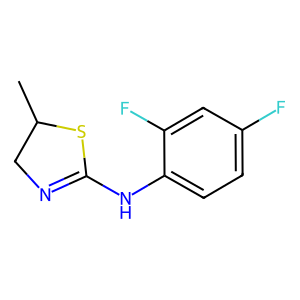
SMILES: CC1CN=C(Nc2ccc(F)cc2F)S1
Inhibits HIV replication: No